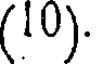
(10).